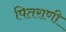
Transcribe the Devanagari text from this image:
पितराणी